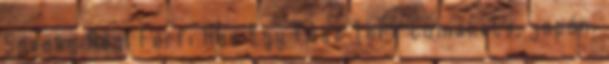
Sneaky Régi Férfi Has Egy Fasz Terv cumshots, japán,